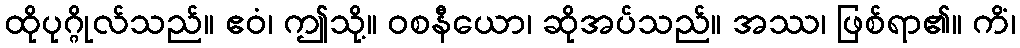
ထိုပုဂ္ဂိုလ်သည်။ ဧဝံ၊ ဤသို့။ ဝစနီယော၊ ဆိုအပ်သည်။ အဿ၊ ဖြစ်ရာ၏။ ကိံ၊